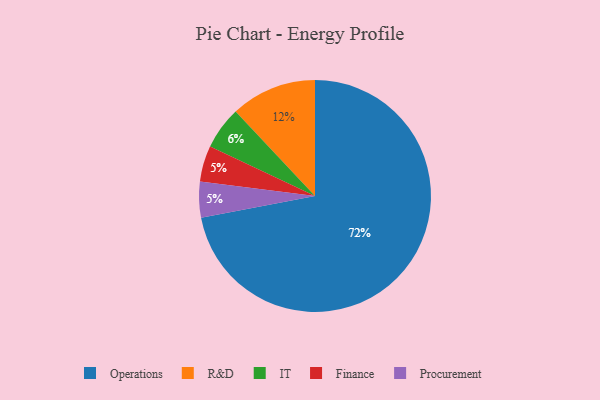
{"axis": {"x": "Category", "y": "Percentage"}, "legend": ["Finance", "IT", "Operations", "Procurement", "R&D"], "data": [{"x": "R&D", "y": 12, "type": "R&D"}, {"x": "Finance", "y": 5, "type": "Finance"}, {"x": "IT", "y": 6, "type": "IT"}, {"x": "Procurement", "y": 5, "type": "Procurement"}, {"x": "Operations", "y": 72, "type": "Operations"}]}